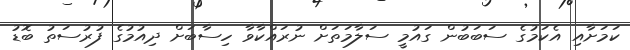
ކަމަށާއި އެކަމުގެ ސަބަބުން ގައުމީ ސަލާމަތަށް ނުރައްކާވާ ހިސާބަށް ދިއުމުގެ ފުރުސަތު ބޮޑު